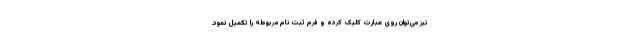
نیز می‌توان روی عبارت کلیک کرده و فرم ثبت نام مربوطه را تکمیل نمود.